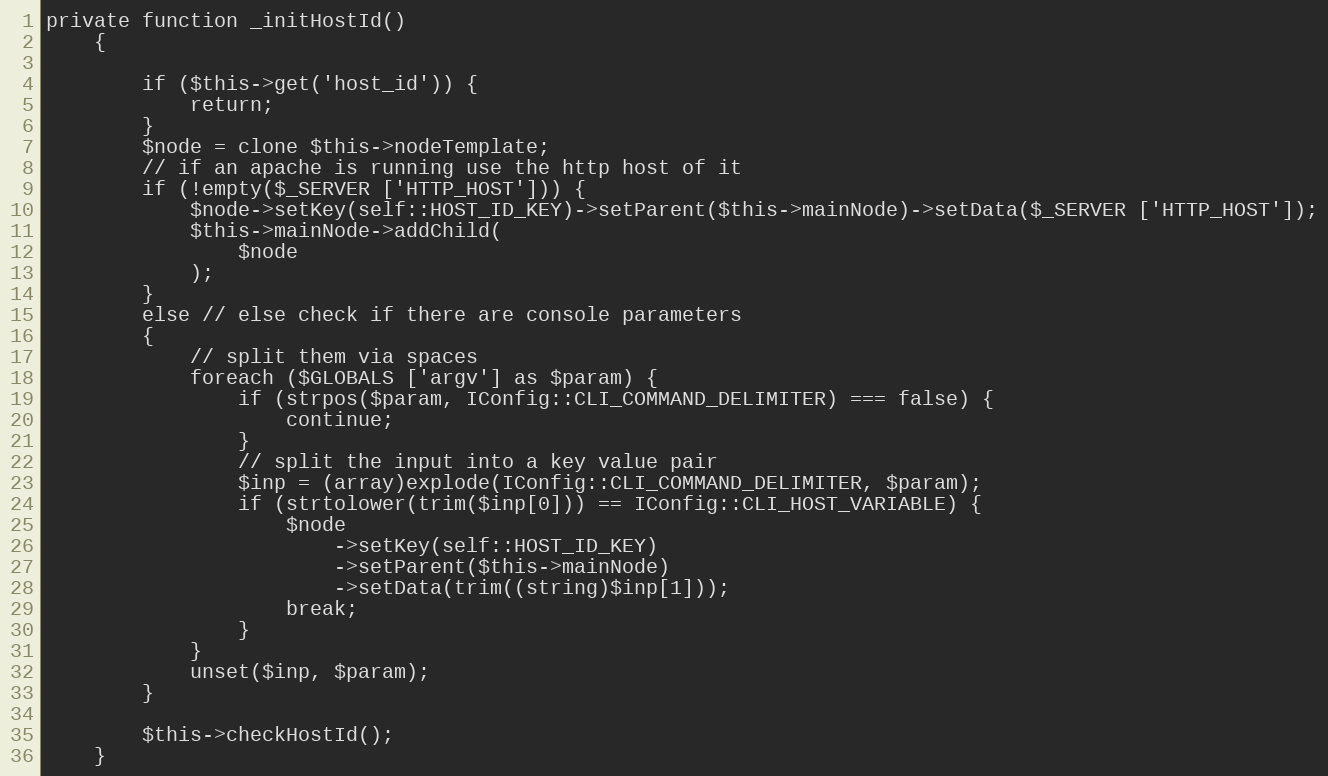
Language: PHP
private function _initHostId()
    {

        if ($this->get('host_id')) {
            return;
        }
        $node = clone $this->nodeTemplate;
        // if an apache is running use the http host of it
        if (!empty($_SERVER ['HTTP_HOST'])) {
            $node->setKey(self::HOST_ID_KEY)->setParent($this->mainNode)->setData($_SERVER ['HTTP_HOST']);
            $this->mainNode->addChild(
                $node
            );
        }
        else // else check if there are console parameters
        {
            // split them via spaces
            foreach ($GLOBALS ['argv'] as $param) {
                if (strpos($param, IConfig::CLI_COMMAND_DELIMITER) === false) {
                    continue;
                }
                // split the input into a key value pair
                $inp = (array)explode(IConfig::CLI_COMMAND_DELIMITER, $param);
                if (strtolower(trim($inp[0])) == IConfig::CLI_HOST_VARIABLE) {
                    $node
                        ->setKey(self::HOST_ID_KEY)
                        ->setParent($this->mainNode)
                        ->setData(trim((string)$inp[1]));
                    break;
                }
            }
            unset($inp, $param);
        }

        $this->checkHostId();
    }